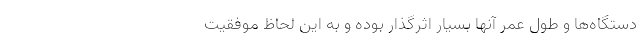
دستگاه‌ها و طول عمر آنها بسیار اثرگذار بوده و به این لحاظ موفقیت